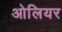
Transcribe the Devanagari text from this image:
ओलियर